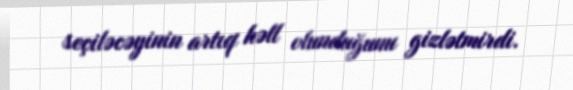
seçiləcəyinin artıq həll olunduğunu gizlətmirdi.